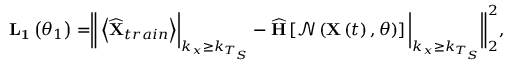
\begin{array} { r } { \mathbf { L _ { 1 } } \left( \theta _ { 1 } \right) = \biggr \| \left< \widehat { \mathbf { X } } _ { t r a i n } \right> \biggr \rvert _ { k _ { x } \geq k _ { T _ { S } } } - \widehat { \mathbf { H } } \left[ \mathcal { N } \left( \mathbf { X } \left( t \right) , \theta \right) \right] \bigg \rvert _ { k _ { x } \geq k _ { T _ { S } } } \biggr \| _ { 2 } ^ { 2 } , } \end{array}